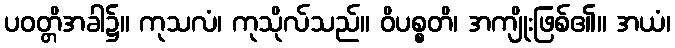
ပဝတ္တိအခါ၌။ ကုသလံ၊ ကုသိုလ်သည်။ ဝိပစ္စတိ၊ အကျိုးဖြစ်၏။ အယံ၊